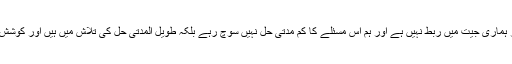
وسیم خان نے کہا کہ بین الاقوامی سطح پر ہماری جیت میں ربط نہیں ہے اور ہم اس مسئلے کا کم مدتی حل نہیں سوچ رہے بلکہ طویل المدتی حل کی تلاش میں ہیں اور کوشش کریں گے ہماری جیت میں تسلسل قائم ہو۔